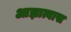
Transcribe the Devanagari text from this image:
आज्ञात्वास